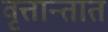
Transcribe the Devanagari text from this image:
वृत्तान्तात